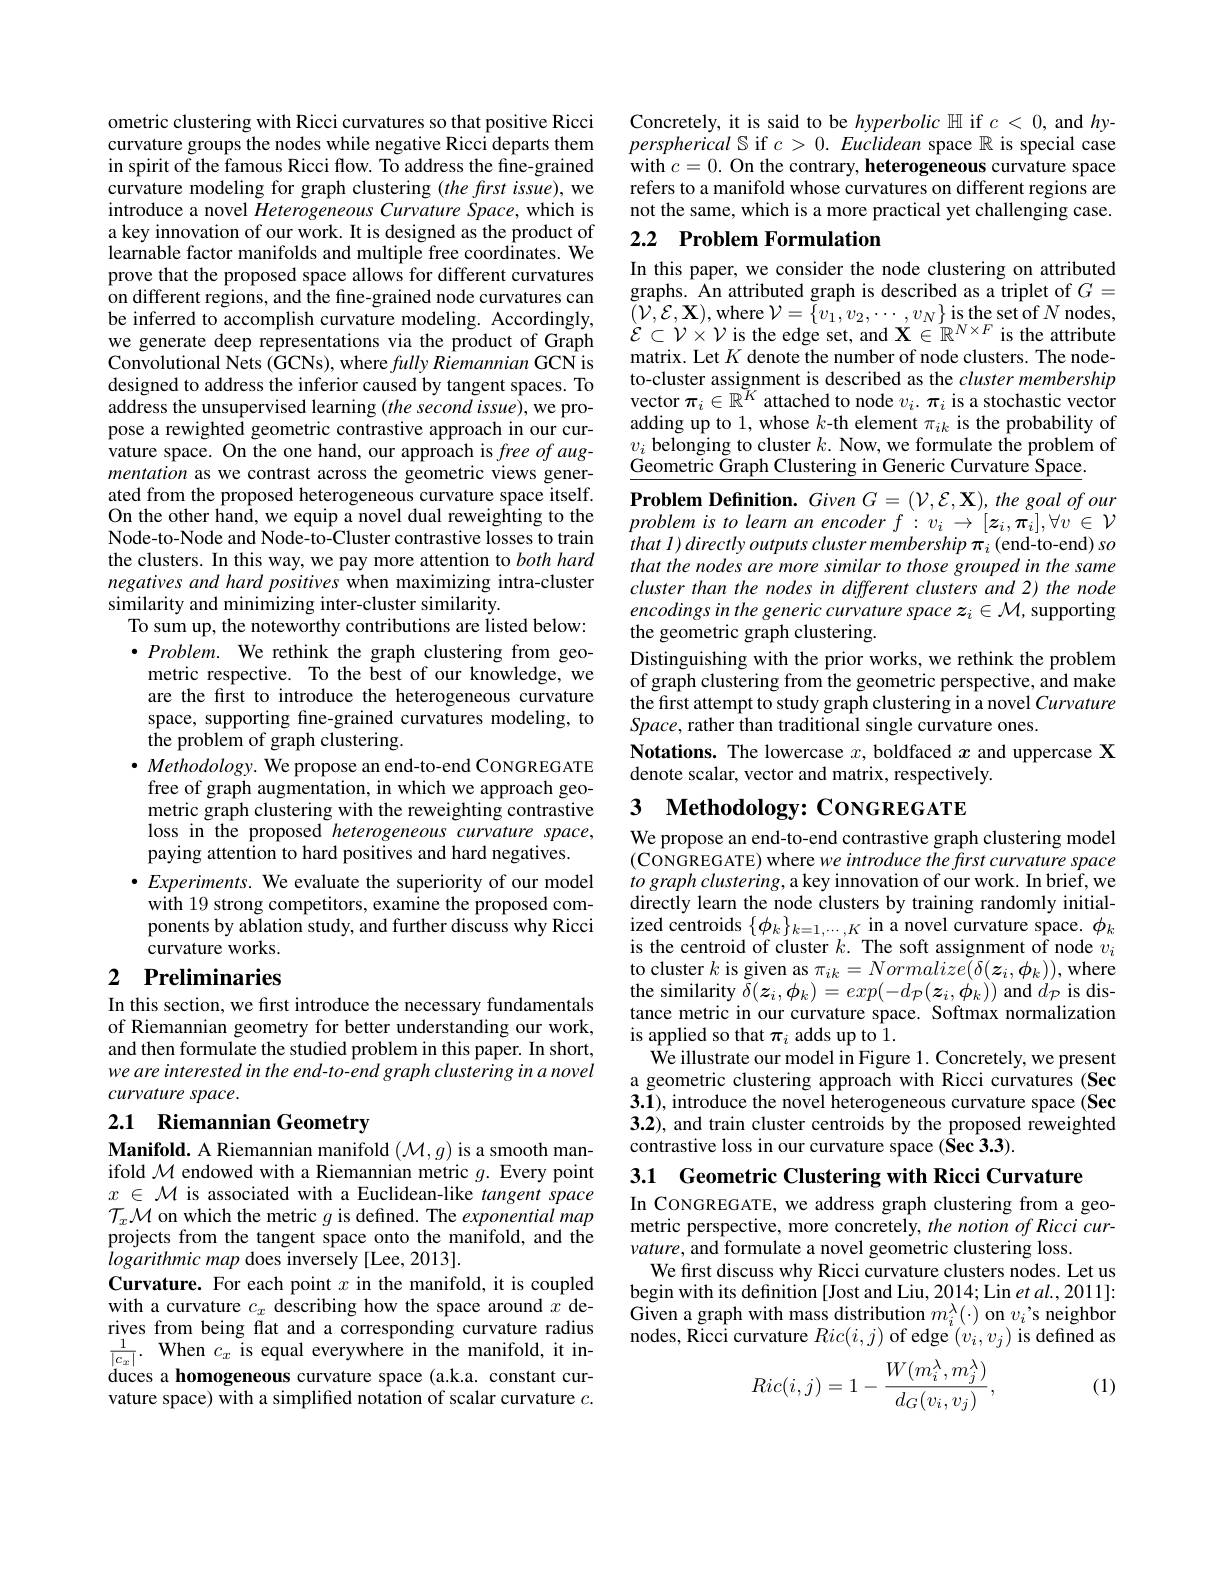
ometric clustering with Ricci curvatures so that positive Ricci curvature groups the nodes while negative Ricci departs them in spirit of the famous Ricci flow. To address the fine-grained $\hat{\text{curvature modeling for graph clustering }}(thefrstiss\bar{ue})$,we introduce a novel Heterogeneous Curvature Space, which is a key innovation of our work. It is designed as the product of learnable factor manifolds and multiple free coordinates. We prove that the proposed space allows for different curvatures on different regions, and the fine-grained node curvatures can we generate deep representations via the product of Graph Convolutional Nets (GCNs), where fully Riemannian GCN is designed to address the inferior caused by tangent spaces. To address the unsupervised learning (the second issue), we propose a rewighted geometric contrastive approach in our curvature space. On the one hand, our approach is free of augmentation as we contrast across the geometric views generated from the proposed heterogeneous curvature space itself. On the other hand, we equip a novel dual reweighting to the Node-to-Node and Node-to-Cluster contrastive losses to train the clusters. In this way, we pay more attention to both hard negatives and hard positives when maximizing intra-cluster similarity and minimizing inter-cluster similarity.
To sum up, the noteworthy contributions are listed below: $\bullet Problem.$ We rethink the graph clustering from geo-
metric respective. To the best of our knowledge, we are the first to introduce the heterogeneous curvature space, supporting fine-grained curvatures modeling, to ${\hat{\text{the problem of graph clustering}}}.$
$\bullet Methodology.$ We propose an end-to-end CONGREGATE free of graph augmentation, in which we approach geometric graph clustering with the reweighting contrastive loss in the proposed heterogeneous curvature space, paying attention to hard positives and hard negatives.
$\bullet Experiments.$ We evaluate the superiority of our model
with 19 strong competitors, examine the proposed components by ablation study, and further discuss why Ricci curvature works. 2 Preliminaries

In this section, we first introduce the necessary fundamentals of Riemannian geometry for better understanding our work, and then formulate the studied problem in this paper. In short, we are interested in the end-to-end graph clustering in a novel curvature space.

# 2.1 Riemannian Geometry

Manifold. A Riemannian manifold $(\mathcal{M},g)$ is a smooth manifold $\mathcal{M}$ endowed with a Riemannian metric $g.$ Every point $x\in\mathcal{M}$ is associated with a Euclidean-like tangent space $\mathcal{T}_x\mathcal{M}$ on which the metric $g$ is defined. The exponential map projects from the tangent space onto the manifold, and the $\hat{logarithmic}$ map does inversely [Lee, 2013].
Curvature. For each point $x$ in the manifold, it is coupled with a curvature $c_x$ describing how the space around $x$ derives from being flat and a corresponding curvature radius $\frac{1}{|c_{x}|}.$ When $c_x$ is equal everywhere in the manifold, it induces a homogeneous curvature space (a.k.a. constant curvature space) with a simplified notation of scalar curvature $c.$

Concretely, it is said to be hyperbolic $\mathbb{H}$ if $c<0$, and $h$y- $perspherical\mathbb{S}$ if $c>0.Euclidean$ space $\mathbb{R}$ is special case with $c=0.$ On the contrary, heterogeneous curvature space refers to a manifold whose curvatures on different regions are not the same, which is a more practical yet challenging case.

# 2.2 Problem Formulation

In this paper, we consider the node clustering on attributed graphs. An attributed graph is described as a triplet of $G=$
be inferred to accomplish curvature modeling. Accordingly, $\begin{array}{cc}(\mathcal{V},\mathcal{E},\mathbf{X}),\mathrm{where}\mathcal{V}=\{v_1,v_2,\cdots,v_N\}\text{is the set of }N\\\mathcal{E}\subset\mathcal{V}\times\mathcal{V}\text{is the edge set, and }\mathbf{X}\in\mathbb{R}^{N\times F}\end{array}$ is the attribute
matrix. Let $K$ denote the number of node clusters. The nodeto-cluster assignment is described as the cluster membership vector $\pi_i\in\mathbb{R}^{\breve{K}K}$ attached to node $v_i.\pi_i$ is a stochastic vector adding up to 1, whose $k$-th element $\pi_ik$ is the probability of $v_i$ belonging to cluster $k.$ Now, we formulate the problem of Geometric Graph Clustering in Generic Curvature Space

$\textbf{Problem Defnition. Given }G= ( \mathcal{V} , \mathcal{E} , \mathbf{X} ) $, the goal of our $problemistolearnanencoderf:v_{i}\to[z_{i},\pi_{i}],\forall v\in\mathcal{V}$ that $l)\textit{directly outputs cluster membership }_i$ (end-to-end) so that the nodes are more similar to those grouped in the same cluster than the nodes in different clusters and 2) the node encodings in the generic curvature space $z_i\in\mathcal{M}$, supporting the geometric graph clustering.
Distinguishing with the prior works, we rethink the problem of graph clustering from the geometric perspective, and make the first attempt to study graph clustering in a novel Curvature $Space$, rather than traditional single curvature ones.
Notations. The lowercase $x$, boldfaced $x$ and uppercase X
denote scalar, vector and matrix, respectively.

# 3 Methodology: CoNGREGATE

We propose an end-to-end contrastive graph clustering model $(\hat{\text{CONGREGATE) where we introduce the first curvature space}}$ to graph clustering, a key innovation of our work. In brief, we directly learn the node clusters by training randomly initial- $\begin{array}{l}\mathrm{ized~centroids~}\{\phi_{k}\}_{k=1,\cdots,K}\text{ in a novel curvature space.}\phi_{k}\\\mathrm{is~the~centroid~of~cluster~}k.\text{ The soft assignment of node }v_{i}\end{array}$ to cluster $k$ is given as $\pi_{ik}=Normalize(\delta(z_{i},\phi_{k}))$, where the similarity $\delta(\boldsymbol z_{i},\boldsymbol\phi_{k})=exp(-d_{\mathcal{P}}(\boldsymbol z_{i},\boldsymbol\phi_{k}))$ and $d_{\mathcal{P}}$ is distance metric in our curvature space. Softmax normalization is applied so that $\pi_i$ adds up to 1.
$\hat{\text{We illustrate our model in Figure }1}.$Concretely, we present a geometric clustering approach with Ricci curvatures (Sec 3.1), introduce the novel heterogeneous curvature space(Sec 3.2), and train cluster centroids by the proposed reweighted contrastive loss in our curvature space (Šec 3.3).

3.1 Geometric Clustering with Ricci Curvature

In CONGREGATE, we address graph clustering from a geometric perspective, more concretely, the notion of Ricci curvature, and formulate a novel geometric clustering loss.
We first discuss why Ricci curvature clusters nodes. Let us begin with its definition [Jost and Liu, 2014; Lin et al., 2011]: Given a graph with mass distribution $m_i^\lambda(\cdot)$ on $v_i^{\prime}$s neighbor nodes, Ricci curvature $Ric(i,j)$ of edge $(v_i,v_j)$ is defined as
$$Ric(i,j)=1-\frac{W(m_i^\lambda,m_j^\lambda)}{d_G(v_i,v_j)},$$
(1)